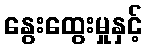
နွေးထွေးမှုနှင့်